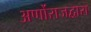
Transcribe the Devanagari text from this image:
अर्णोराजद्वारा